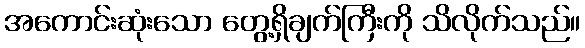
အကောင်းဆုံးသော တွေ့ရှိချက်ကြီးကို သိလိုက်သည်။